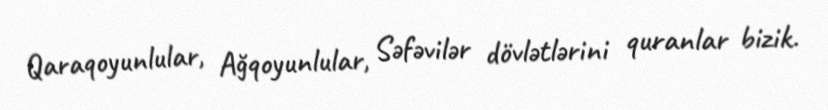
Qaraqoyunlular, Ağqoyunlular, Səfəvilər dövlətlərini quranlar bizik.